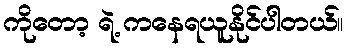
ကိုတော့ ရဲ့ ကနေရယူနိုင်ပါတယ်။